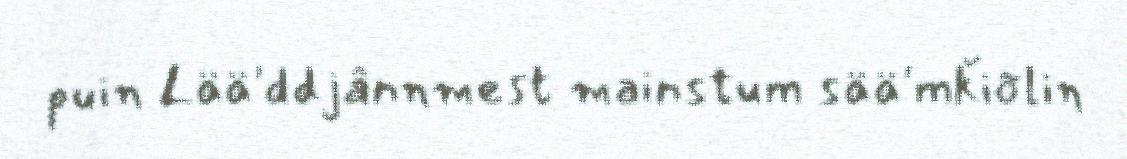
puin Lää'ddjânnmest mainstum sää'mǩiõlin